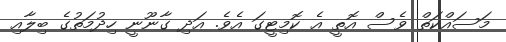
މަސައްކަތް ވެސް އޮތީ އެ ކޮމިޓީގަ އެވެ. އަދި ގާނޫނީ ހިދުމަތުގެ ބިލާއި